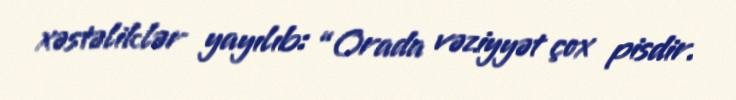
xəstəliklər yayılıb: “Orada vəziyyət çox pisdir.